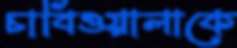
চাবিওয়ালাকে